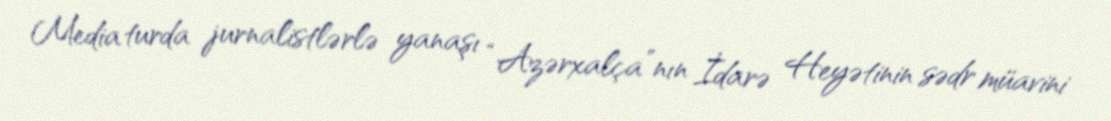
Media turda jurnalistlərlə yanaşı “Azərxalça”nın İdarə Heyətinin sədr müavini